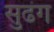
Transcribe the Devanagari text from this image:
सुढंग